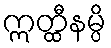
ဣတ္ထီနမ္ပိ